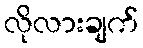
လိုလားချက်